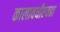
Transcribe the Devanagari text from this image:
कालावधीएवढा